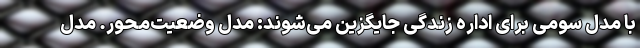
با مدل سومی برای اداره زندگی جایگزین می‌شوند:‌ مدل وضعیت‌محور. مدل